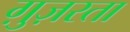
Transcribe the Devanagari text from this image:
ग़ुज़रता